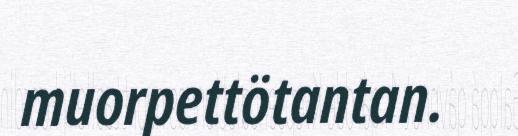
muorpettötantan.